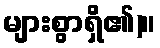
များစွာရှိ၏)။